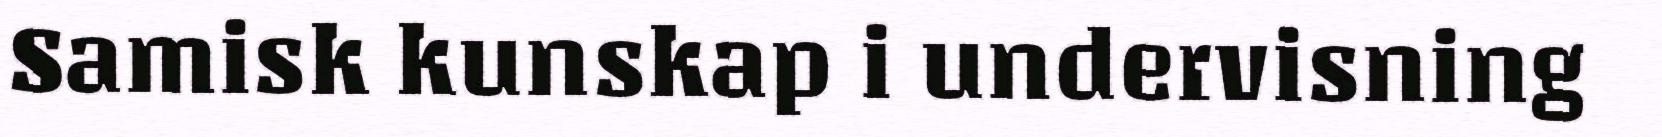
Samisk kunskap i undervisning